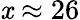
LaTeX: \mathit{x}\approx26